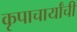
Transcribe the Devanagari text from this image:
कृपाचार्यांची